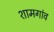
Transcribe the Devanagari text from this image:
शामगांव